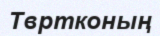
Твртконың